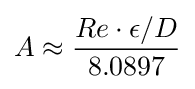
{\textstyle A\approx \displaystyle {\frac {Re\cdot \epsilon /D}{8.0897}}}